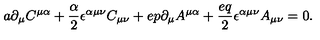
a \partial _ { \mu } C ^ { \mu \alpha } + { \frac { \alpha } { 2 } } \epsilon ^ { \alpha \mu \nu } C _ { \mu \nu } + e p \partial _ { \mu } A ^ { \mu \alpha } + { \frac { e q } { 2 } } \epsilon ^ { \alpha \mu \nu } A _ { \mu \nu } = 0 .